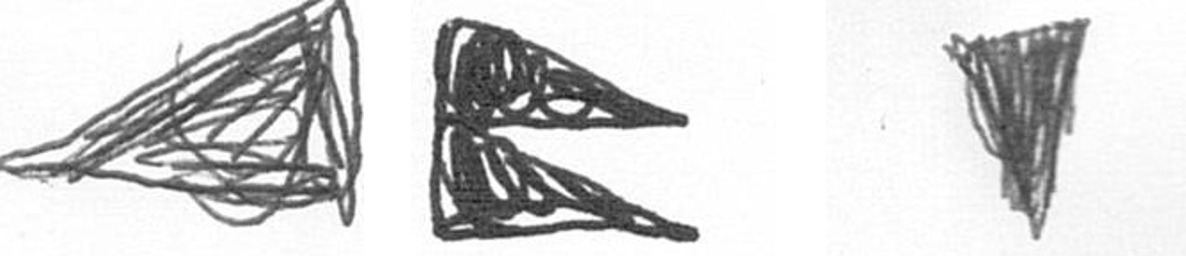
O P J